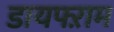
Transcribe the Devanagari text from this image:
डायफ्ऱाम